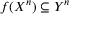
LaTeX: f ( X ^ { n } ) \subseteq Y ^ { n }